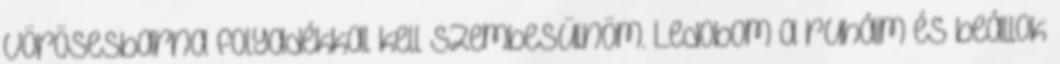
vörösesbarna folyadékkal kell szembesülnöm. Ledobom a ruháim és beállok